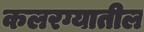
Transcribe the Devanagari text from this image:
कलरग्यातील